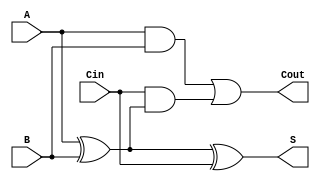
module FullAdder (
    input wire A,      // First input bit
    input wire B,      // Second input bit
    input wire Cin,    // Carry-in bit
    output wire S,     // Sum output
    output wire Cout    // Carry-out output
);

// Logic for Sum (S)
assign S = A ^ B ^ Cin; // S = A XOR B XOR Cin

// Logic for Carry-out (Cout)
assign Cout = (A & B) | (Cin & (A ^ B)); // Cout = (A AND B) OR (Cin AND (A XOR B))

endmodule